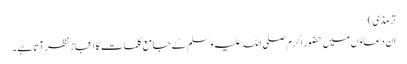
ترمذی )
ان دعاؤں میں حضور اکرم صلی اللہ علیہ وسلم کے جامع کلمات کا اعجاز نظر آتا ہے ۔